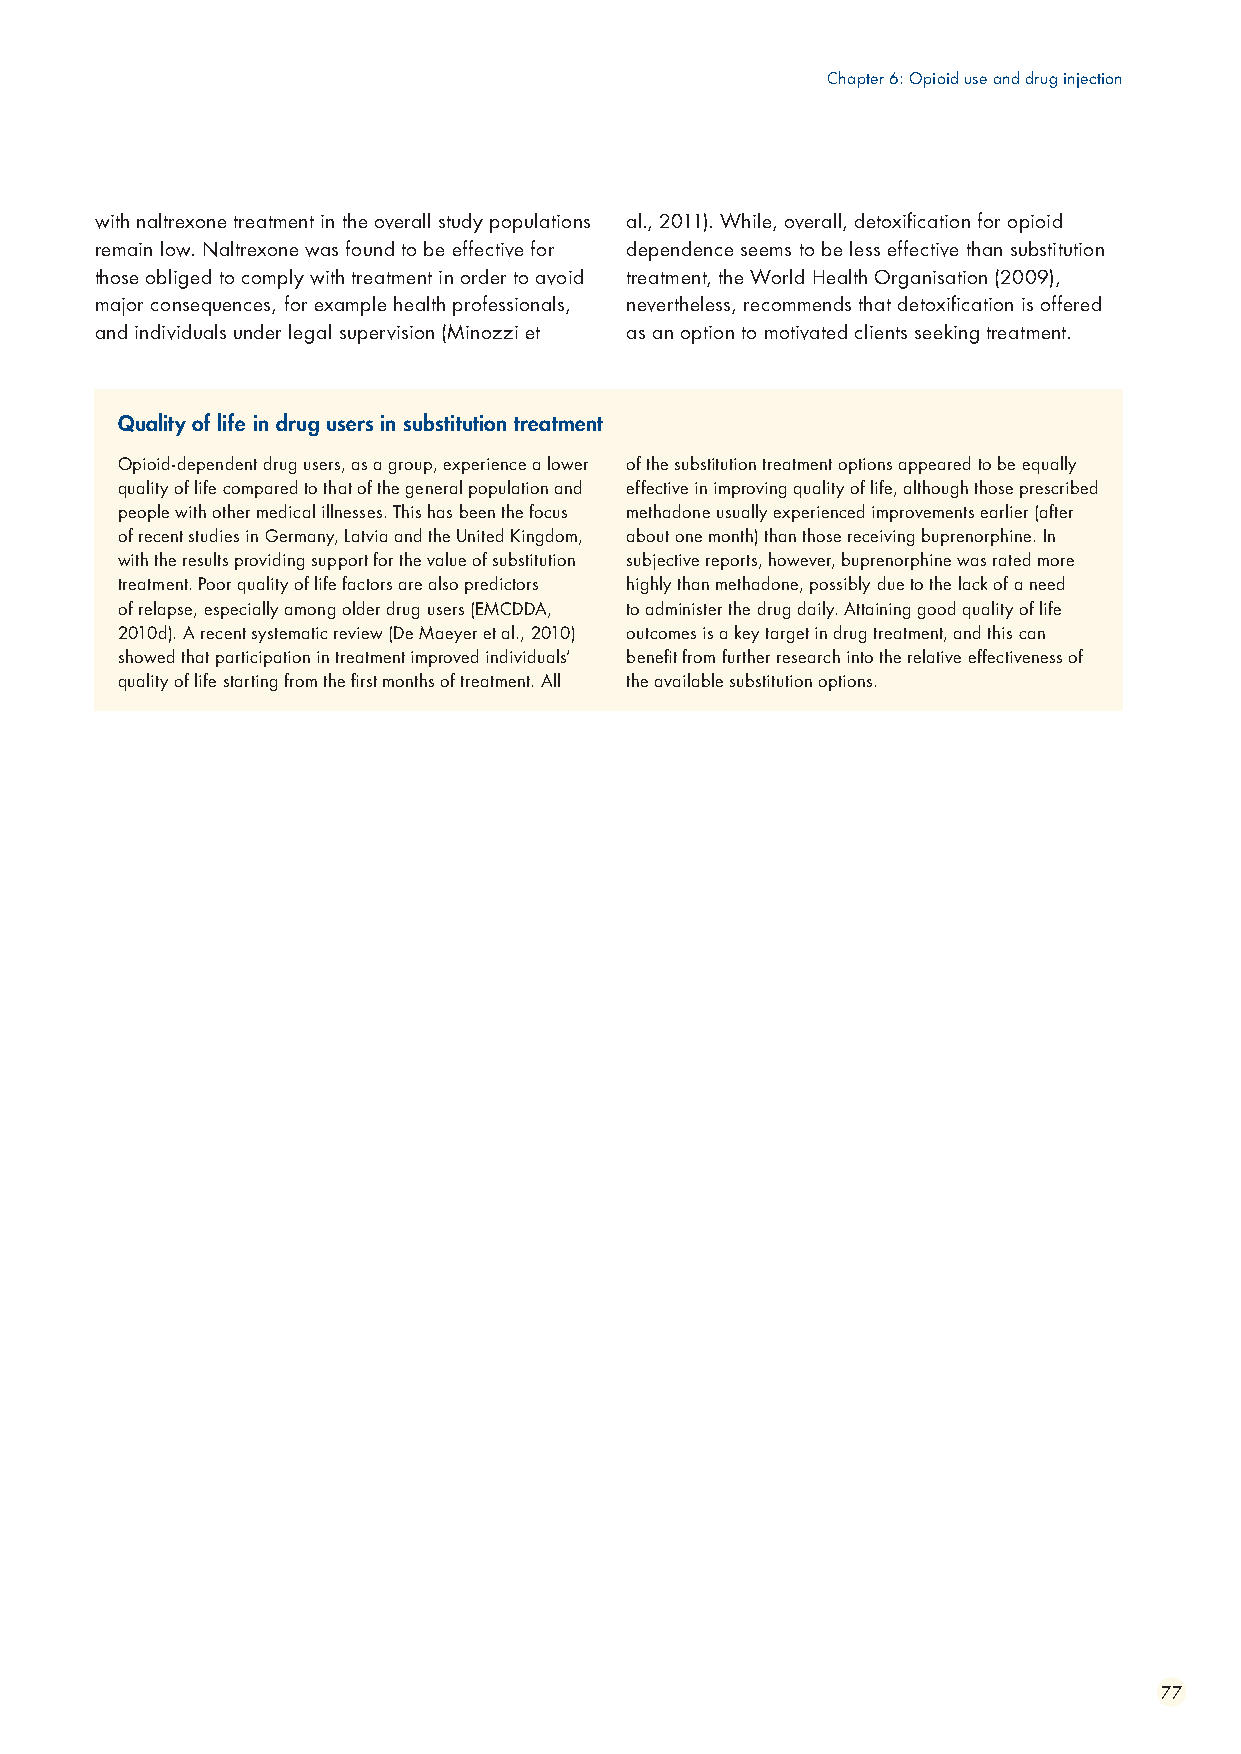
Chapter 6: Opioid use and drug injection
 with naltrexone treatment in the overall study populations al., 2011). While, overall, detoxification for opioid
 remain low. Naltrexone was found to be effective for dependence seems to be less effective than substitution
 those obliged to comply with treatment in order to avoid treatment, the World Health Organisation (2009),
 major consequences, for example health professionals, nevertheless, recommends that detoxification is offered
 and individuals under legal supervision (Minozzi et as an option to motivated clients seeking treatment.
 Quality of life in drug users in substitution treatment
 Opioid-dependent drug users, as a group, experience a lower of the substitution treatment options appeared to be equally
 quality of life compared to that of the general population and effective in improving quality of life, although those prescribed
 people with other medical illnesses. This has been the focus methadone usually experienced improvements earlier (after
 of recent studies in Germany, Latvia and the United Kingdom, about one month) than those receiving buprenorphine. In
 with the results providing support for the value of substitution subjective reports, however, buprenorphine was rated more
 treatment. Poor quality of life factors are also predictors highly than methadone, possibly due to the lack of a need
 of relapse, especially among older drug users (EMCDDA, to administer the drug daily. Attaining good quality of life
 2010d). A recent systematic review (De Maeyer et al., 2010) outcomes is a key target in drug treatment, and this can
 showed that participation in treatment improved individuals’ benefit from further research into the relative effectiveness of
 quality of life starting from the first months of treatment. All the available substitution options.
 77